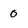
Character: 0